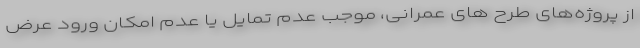
از پروژه‌های طرح های عمرانی، موجب عدم تمایل یا عدم امکان ورود عرض